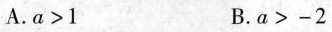
A.a>1 B.a>-2